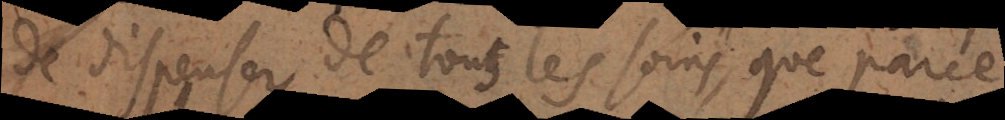
dispenser de tous les soins, que parce